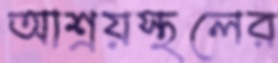
আশ্রয়স্থলের